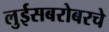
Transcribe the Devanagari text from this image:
लुईसबरोबरचे